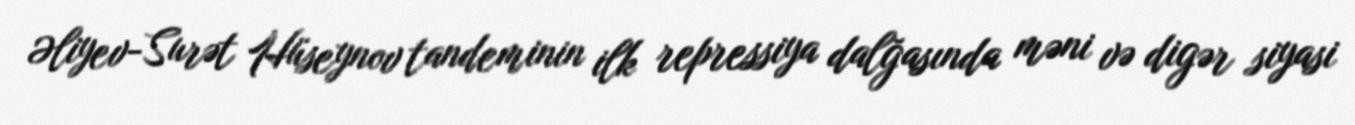
Əliyev-Surət Hüseynov tandeminin ilk repressiya dalğasında məni və digər siyasi